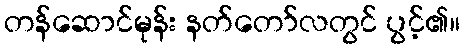
တန်ဆောင်မုန်း နတ်တော်လတွင် ပွင့်၏။